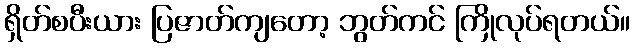
ရှိတ်စပီးယား ပြဇာတ်ကျတော့ ဘွတ်ကင် ကြိုလုပ်ရတယ်။